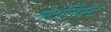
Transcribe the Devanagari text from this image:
मेटलिस्ट